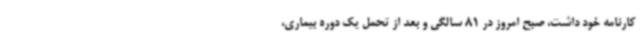
کارنامه خود داشت، صبح امروز در 81 سالگی و بعد از تحمل یک دوره بیماری،